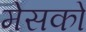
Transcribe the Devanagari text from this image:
मेसको